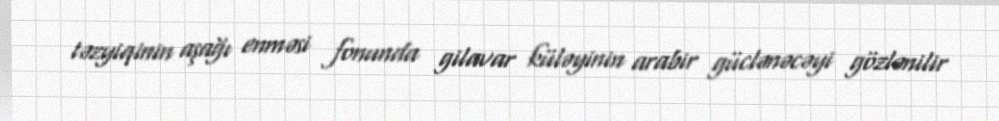
təzyiqinin aşağı enməsi fonunda gilavar küləyinin arabir güclənəcəyi gözlənilir